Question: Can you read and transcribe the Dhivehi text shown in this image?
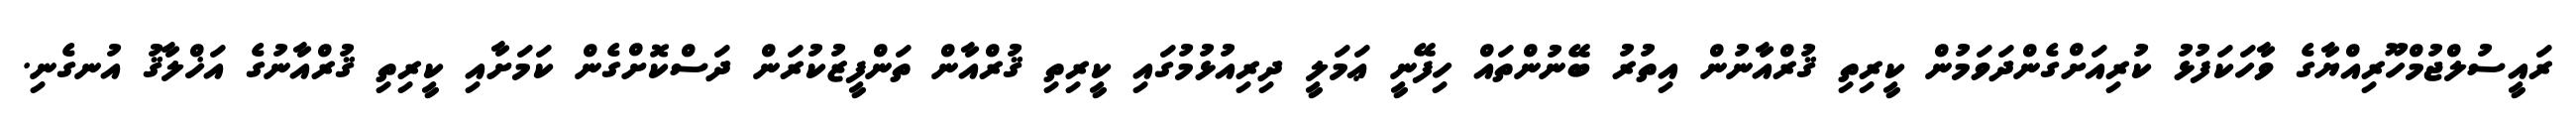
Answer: ރައީސުލްޖުމްހޫރިއްޔާގެ ވާހަކަފުޅު ކުރިއަށްގެންދަވަމުން ކީރިތި ޤުރްއާނުން އިތުރު ބޭނުންތައް ހިފޭނީ ޢަމަލީ ދިރިއުޅުމުގައި ކީރިތި ޤުރްއާން ތަންފީޒުކުރަން ދަސްކޮށްގެން ކަމަށާއި ކީރިތި ޤުރްއާނުގެ އަޚްލާޤު އުނގެނި.